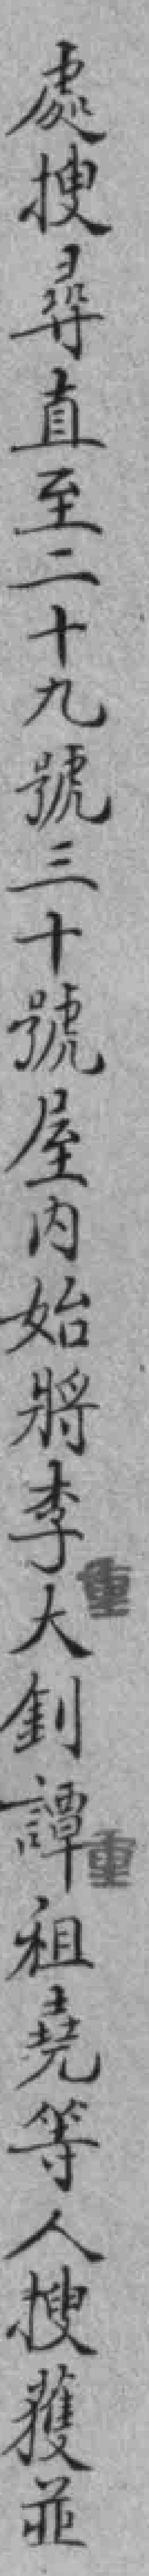
處搜尋直至二十九號三十號屋內始將李大釗譚祖堯等人搜獲並